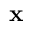
{ \bf x }